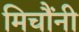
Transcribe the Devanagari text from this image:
मिचौंनी